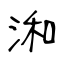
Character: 𣷓